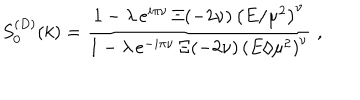
LaTeX: S _ { 0 } ^ { ( D ) } ( k ) = \frac { 1 - \lambda \, e ^ { i \pi \nu } \, \Xi ( - 2 \nu ) \, \left( E / \mu ^ { 2 } \right) ^ { \nu } } { 1 - \lambda \, e ^ { - i \pi \nu } \, \Xi ( - 2 \nu ) \, \left( E / \mu ^ { 2 } \right) ^ { \nu } } \; ,